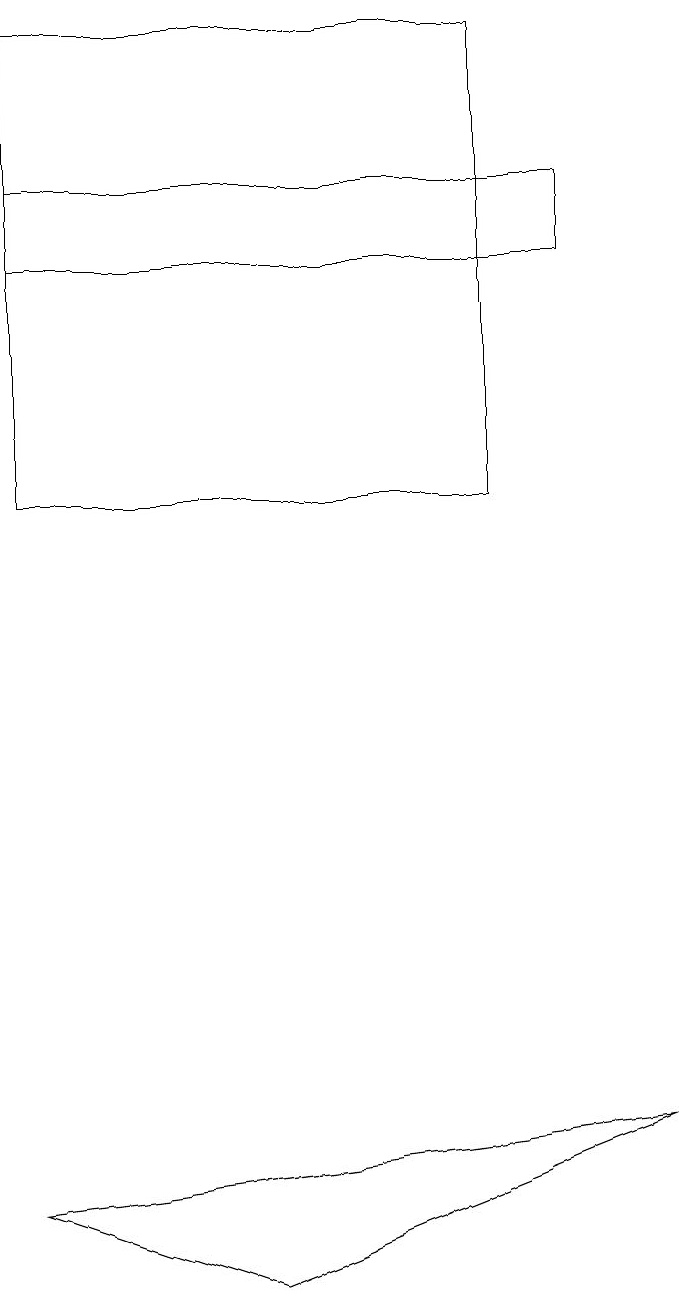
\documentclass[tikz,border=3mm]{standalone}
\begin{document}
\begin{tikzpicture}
\draw (9,4) -- (1,3) -- (4,2) -- cycle;
\draw (1,16) rectangle (8,15);
\draw (1,12) rectangle (7,18);
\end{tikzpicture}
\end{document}